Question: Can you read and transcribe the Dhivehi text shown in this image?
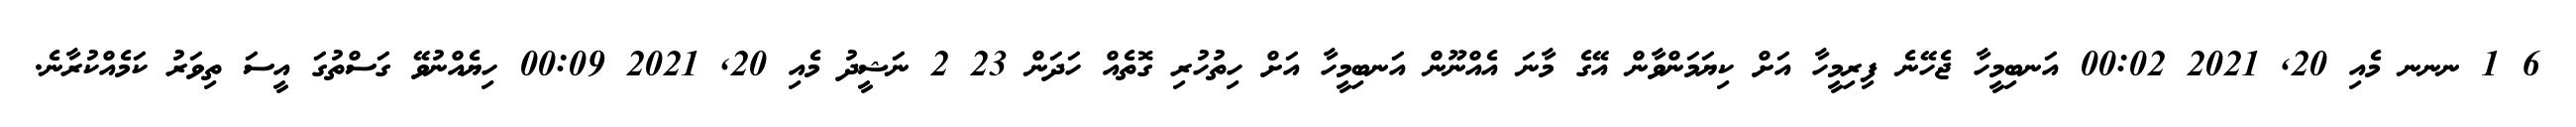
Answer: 6 1 ނނނ މެއި 20, 2021 00:02 އަނބިމީހާ ޖެހޭނެ ފިރިމީހާ އަށް ކިޔަމަންވާން އޭގެ މާނަ އެއްނޫން އަނބިމީހާ އަށް ހިތުހުރި ގޮތެއް ހަދަން 23 2 ނަޝީދު މެއި 20, 2021 00:09 ހިޔެއްނުވޭ ގަސްތުގަ އީސަ ތިވަރު ކަމެއްކުރާނެ.